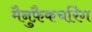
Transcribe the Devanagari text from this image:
मैनुफ़ैकचरिंग